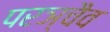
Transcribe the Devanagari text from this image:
परञ्चैव